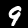
Digit: 9